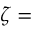
\zeta =